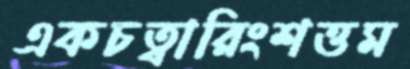
একচত্বারিংশত্তম